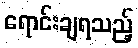
ရောင်းချရသည့်